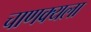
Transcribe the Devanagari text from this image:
चाणक्यला